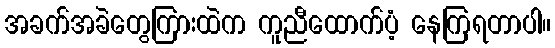
အခက်အခဲတွေကြားထဲက ကူညီထောက်ပံ့ နေကြရတာပါ။